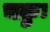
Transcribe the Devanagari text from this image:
चक्रुः